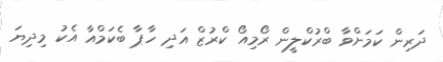
ދަރިން ކަމަށްވާ ބްރުކްލީން ރޯމިއޯ ކްރުޒް އަދި ހާޕާ ބެކަމްއާ އެކު މިދިޔަ